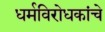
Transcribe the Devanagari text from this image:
धर्मविरोधकांचे